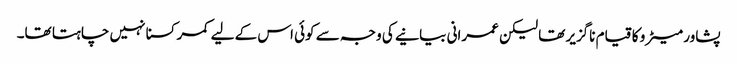
پشاور میٹرو کا قیام ناگزیر تھا لیکن عمرانی بیانیے کی وجہ سے کوئی اس کے لیے کمر کسنا نہیں چاہتا تھا۔